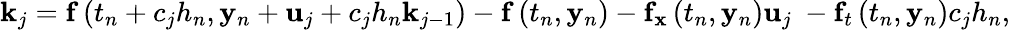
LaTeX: \mathbf{k}_{j}=\mathbf{f}\left(t_{n}+c_{j}h_{n},\mathbf{y}_{n}+\mathbf{u}_{j}+c_{j}h_{n}\mathbf{k}_{j-1}\right)-\mathbf{f}\left(t_{n},\mathbf{y}_{n}\right)-\mathbf{f}_{\mathbf{x}}\left(t_{n},\mathbf{y}_{n}\right)\mathbf{u}_{j}\ -\mathbf{f}_{t}\left(t_{n},\mathbf{y}_{n}\right)c_{j}h_{n},